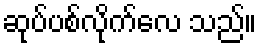
ဆုပ်ပစ်လိုက်လေ သည်။